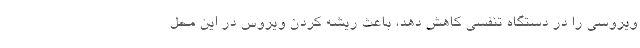
ویروسی را در دستگاه تنفسی کاهش دهد، باعث ریشه کردن ویروس در این محل